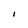
Character: I